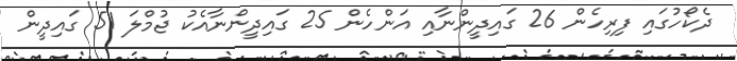
ދެކޯހުގައި ފިރިހެން 26 ގައިދީންނާއި އަންހެން 25 ގައިދީންނާއެކު ޖުމްލަ 51 ގައިދީން